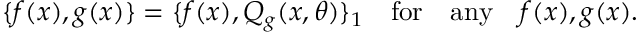
\{ f ( x ) , g ( x ) \} = \{ f ( x ) , Q _ { g } ( x , \theta ) \} _ { 1 } \quad \mathrm { f o r } \quad \mathrm { a n y } \quad f ( x ) , g ( x ) .